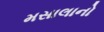
મસાલાનો